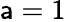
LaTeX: \mathsf{a}=1